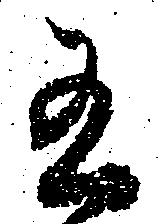
有